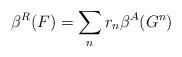
LaTeX: \begin{align*}\beta^R(F) = \sum_nr_n \beta^A(G^n) \end{align*}